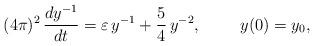
LaTeX: \begin{align*}(4\pi )^{2}\,\frac{dy^{-1}}{dt}=\varepsilon \,y^{-1}+\frac{5}{4}\,y^{-2},\,\,\,\,\,\,\,\,\,\,\,\,\,\,y(0)=y_{0},\end{align*}